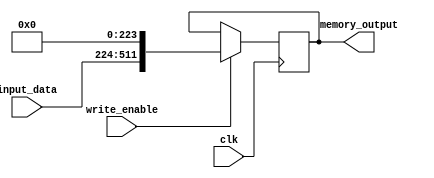
module second_vector_vxv (clk, input_data,write_enable,memory_output);
	
	parameter number_of_clusters = 1;
	parameter number_of_equations_per_cluster = 9;
	parameter element_width = 32;
	parameter address_width = 20;
	parameter memories_address_width=20;
	parameter no_of_units=8;
	parameter additional = no_of_units-(number_of_equations_per_cluster%no_of_units); 
	parameter total = number_of_equations_per_cluster+additional ;
	
	input wire clk;
	input wire write_enable;
	input wire [element_width*number_of_equations_per_cluster-1:0] input_data;
	
	

	output wire [element_width*(total)-1:0] memory_output;
	
	reg x=0;
	reg [element_width*(total)-1:0] mem [0 : 0];
	// pragma attribute mem ram_block 1
	
	assign memory_output=mem[0];
	
	
	
	always @(posedge clk) 
		begin
			if( write_enable == 1'b1 ) 
				begin
					mem[0] <= {input_data,{additional{32'b0}}}; 
				end

			end
			
	

endmodule